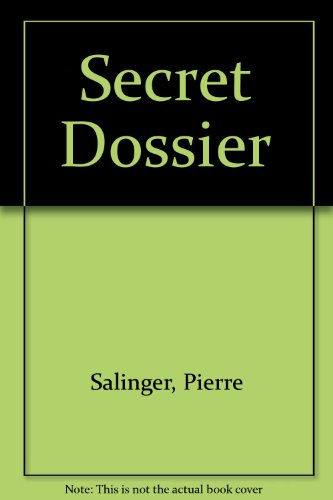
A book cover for Secret Dossier; Pierre Salinger; History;